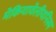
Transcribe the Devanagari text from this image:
मेकियावेलीयनिस्म